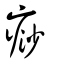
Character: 痧